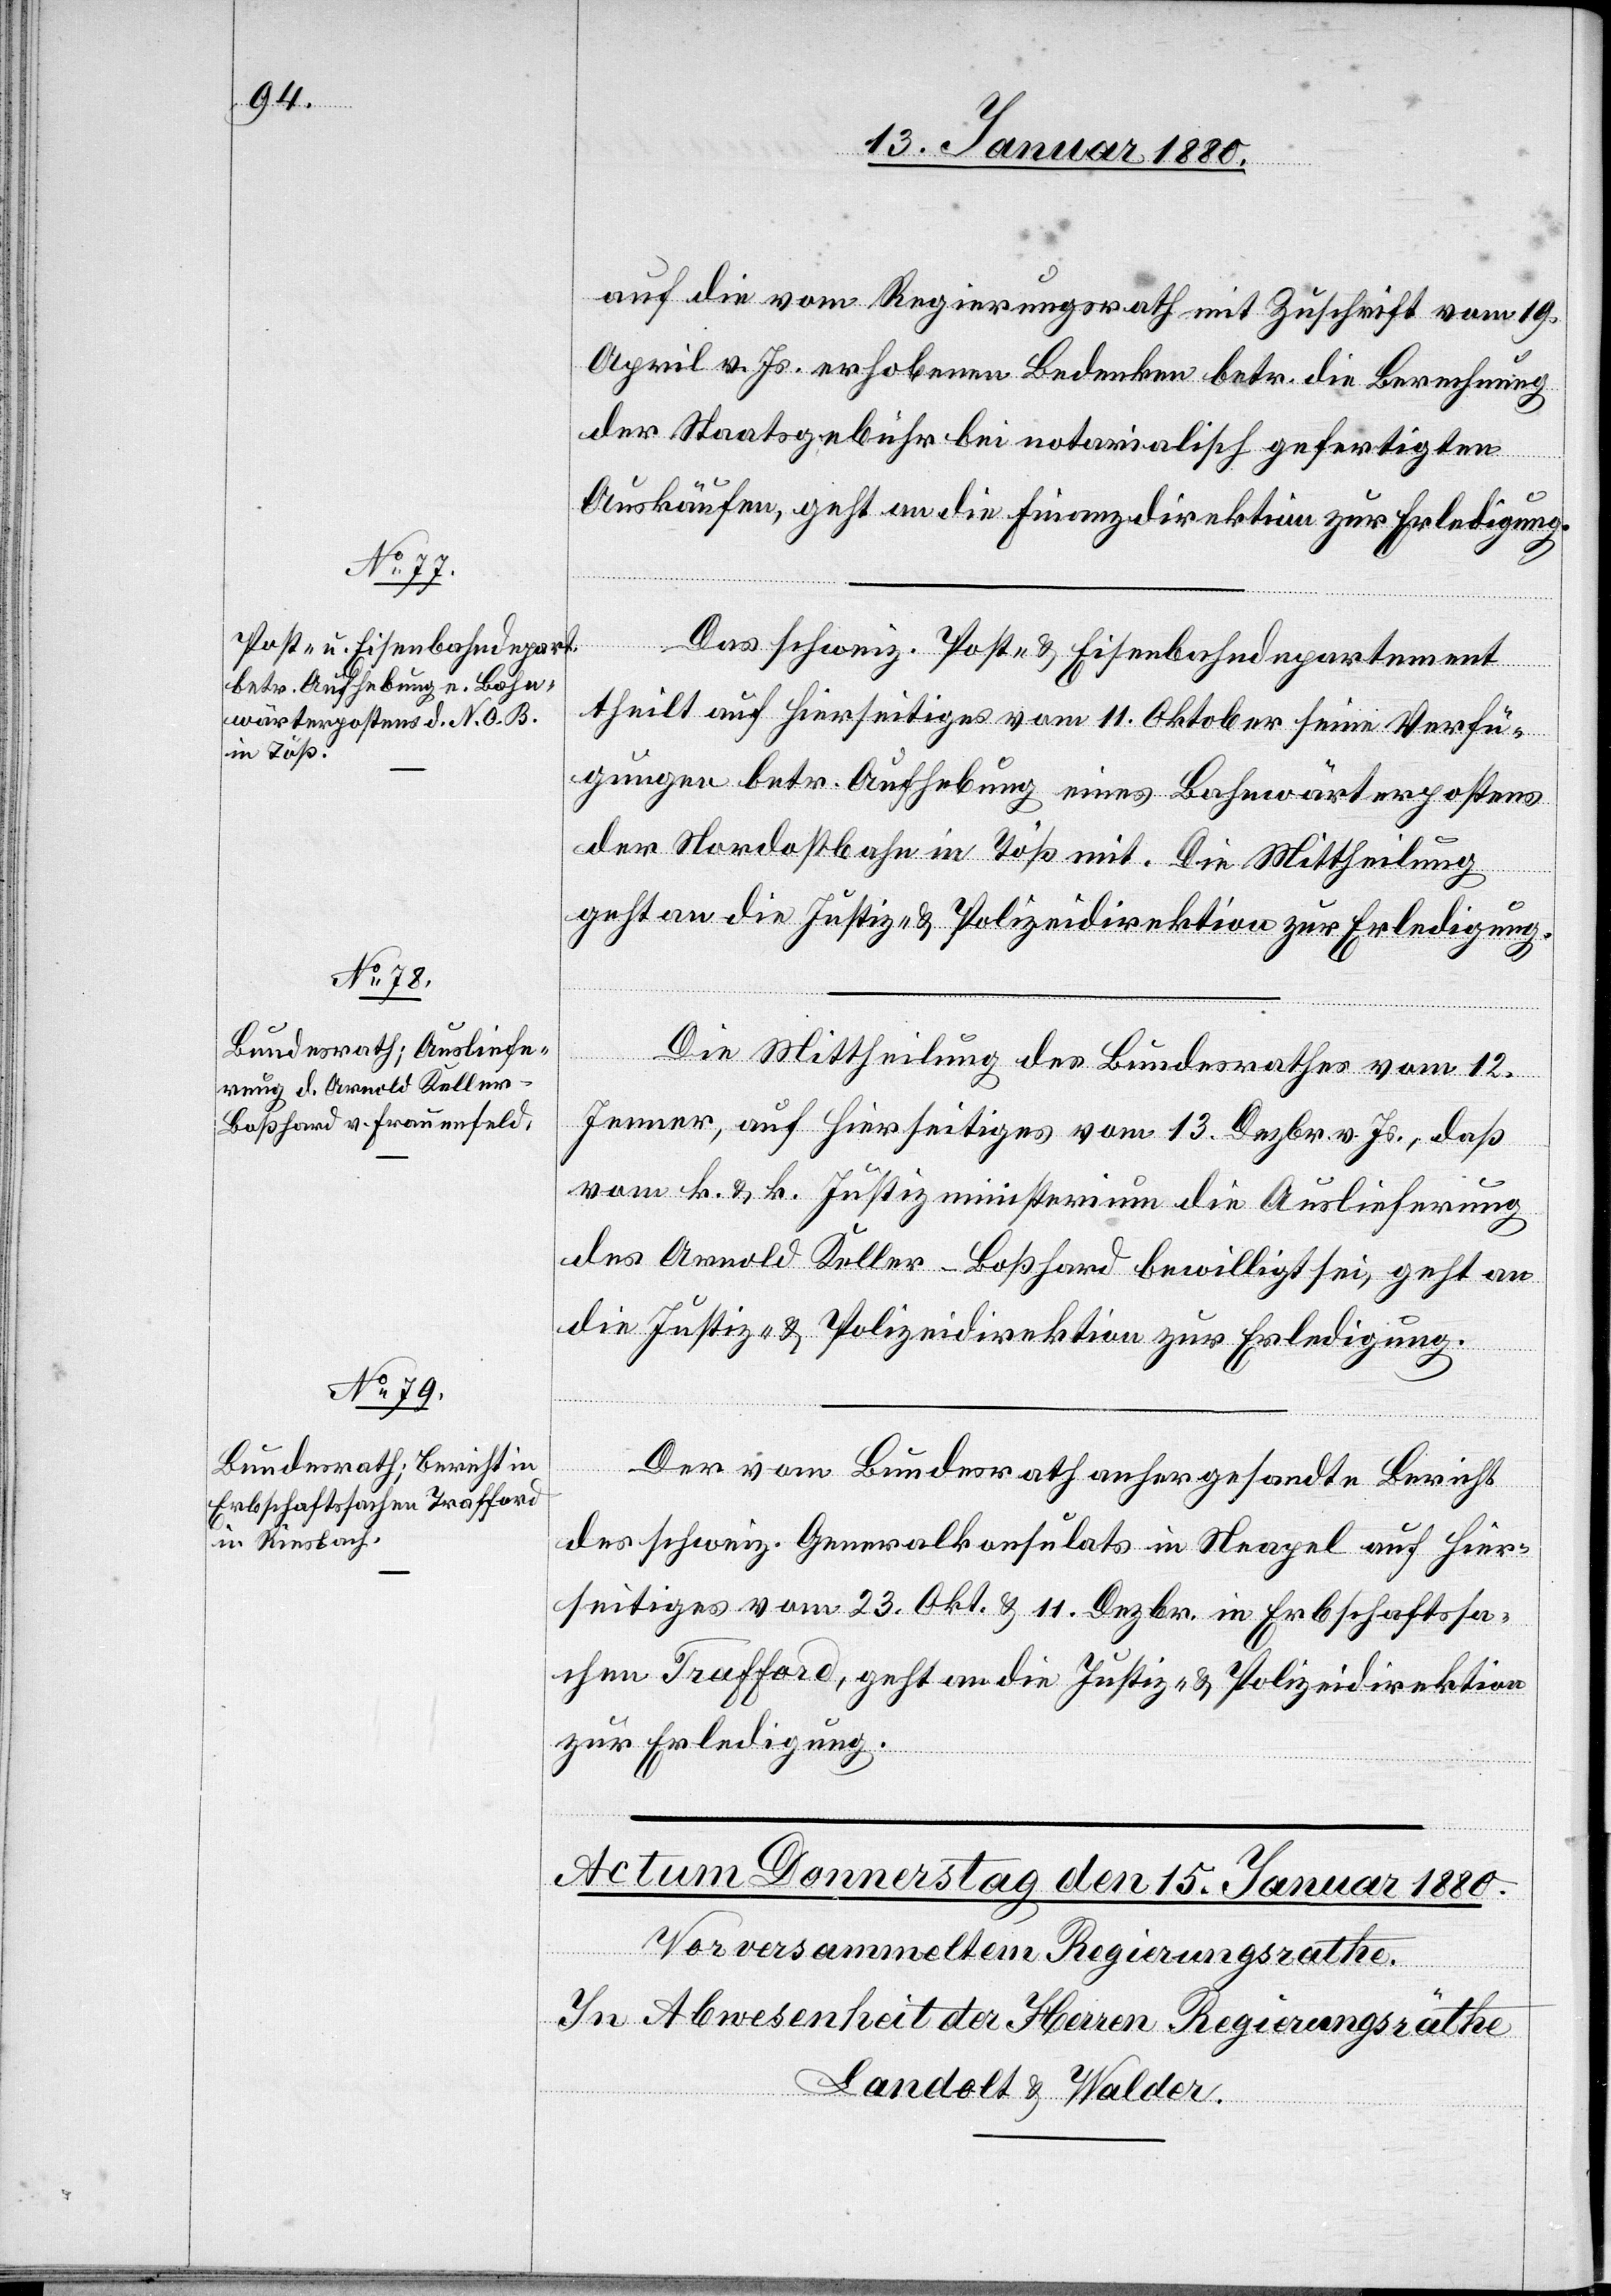
14. Januar 1880.]
auf die vom Regierungsrath mit Zuschrift vom 19.
April v. Js. erhobenen Bedenken betr. die Berechnung
der Staatsgebühr bei notarialisch gefertigten
Auskäufen, geht an die Finanzdirektion zur Erledigung.
theilt auf hierseitiges vom 11. Oktober seine Verfü¬
gungen betr. Aufhebung eines Bahnwärterpostens
der Nordostbahn in Töß mit. Die Mittheilung
geht an die Justiz- & Polizeidirektion zur Erledigung.
Die Mittheilung des Bundesrathes vom 12.
Jenner, auf hierseitiges vom 13. Dezbr. v. Js., daß
vom k. & k. Justizministerium die Auslieferung
des Arnold Koller Boßhard bewilligt sei, geht an
die Justiz- & Polizeidirektion zur Erledigung.
Der vom Bundesrath anhergesandte Bericht
des schweiz. Generalkonsulates in Neapel auf hier¬
seitiges vom 23. Okt. & 11. Dezbr. in Erbschaftssa¬
chen Trafford, geht an die Justiz- & Polizeidirektion
zur Erledigung.